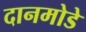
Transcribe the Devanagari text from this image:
दानमोडे